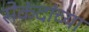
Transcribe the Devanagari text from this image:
सेकंदांच्या